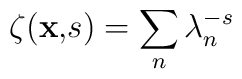
\zeta ({\bf x,}s)=\sum_{n}\lambda _{n}^{-s}